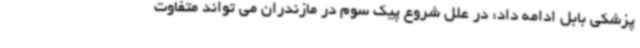
پزشکی بابل ادامه داد: در علل شروع پیک سوم در مازندران می تواند متفاوت